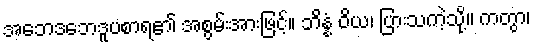
အဘေဒဘေဒူပစာရ၏ အစွမ်းအားဖြင့်။ ဘိန္နံ ဝိယ၊ ပြားသကဲ့သို့။ ကတွာ၊